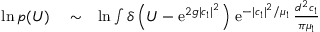
\begin{array} { r l r } { \ln p ( U ) } & { { } \sim } & { \ln \int \delta \left( U - \mathrm { e } ^ { 2 g \vert c _ { 1 } \vert ^ { 2 } } \right) \, \mathrm { e } ^ { - \vert c _ { 1 } \vert ^ { 2 } / \mu _ { 1 } } \, \frac { d ^ { 2 } c _ { 1 } } { \pi \mu _ { 1 } } } \end{array}